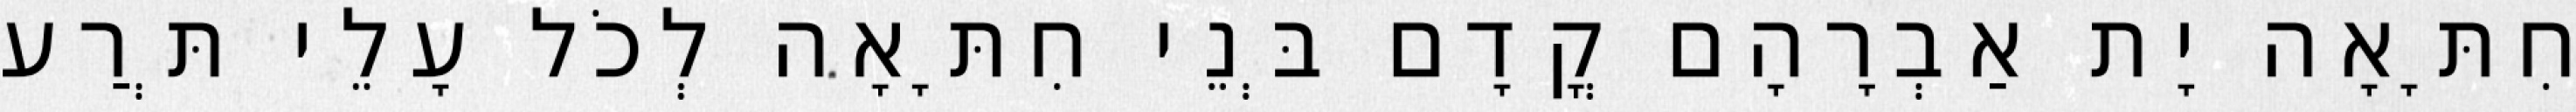
חִתָּאָה יָת אַבְרָהָם קֳדָם בְּנֵי חִתָּאָה לְכֹל עָלֵי תְּרַע